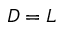
D = L